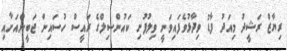
ރިޔާޒް ރަޝީދު މިއަދު ފާޑު ވިދާޅުވެފައިވަނީ ވިލުފުށި ކައުންސިލްގެ ރައީސް ހުސައިން ޖަބީންއަށާއި